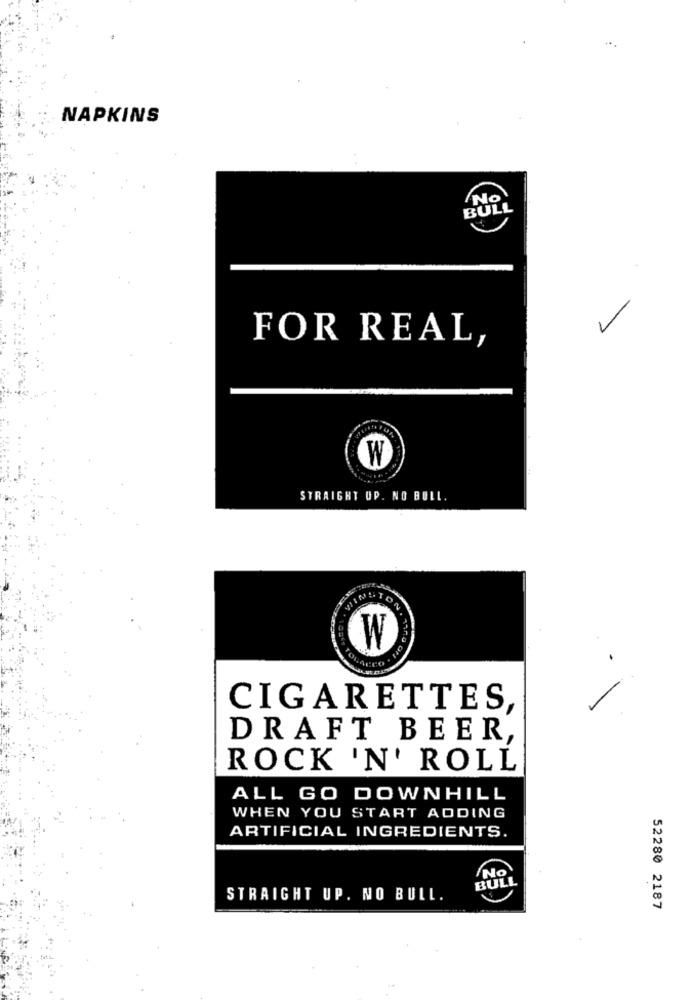
NAPKINS
No
BULL
FOR REAL,
W
STRAIGHT UP. NO BULL.
WINSTON
W
CIGARETTES,
DRAFT BEER,
ROCK 'N' ROLL
ALL GO DOWNHILL
WHEN YOU START ADDING
ARTIFICIAL INGREDIENTS.
No
BULL
STRAIGHT UP. NO BULL.
52280 2187